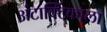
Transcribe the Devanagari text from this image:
अंटार्क्टिकाला